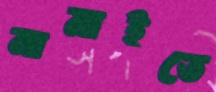
নামাইতে